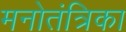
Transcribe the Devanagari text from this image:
मनोतंत्रिका